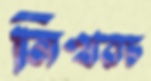
নিখরচ